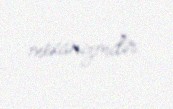
mexanizmdir.